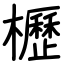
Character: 櫪